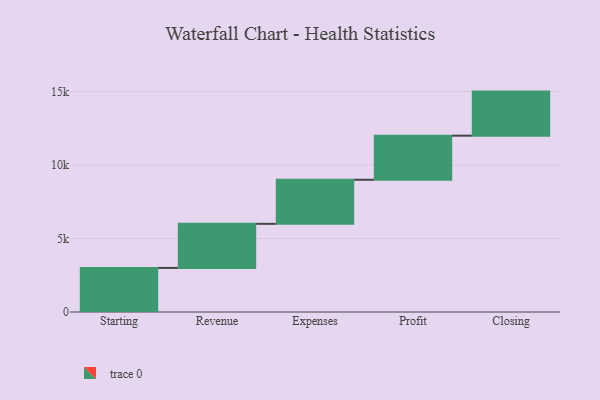
{"axis": {"x": "Step", "y": "Value"}, "legend": [""], "data": [{"x": "Starting", "y": 3000, "type": ""}, {"x": "Revenue", "y": 3000, "type": ""}, {"x": "Expenses", "y": 3000, "type": ""}, {"x": "Profit", "y": 3000, "type": ""}, {"x": "Closing", "y": 3000, "type": ""}]}